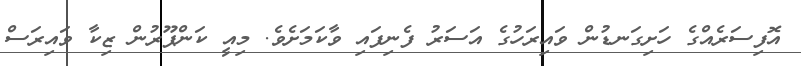
އޮފިސަރެއްގެ ހަށިގަނޑުން ވައިރަހުގެ އަސަރު ފެނިފައި ވާކަމަށެވެ. މިއީ ކަންޕޫރުން ޒިކާ ވައިރަސް